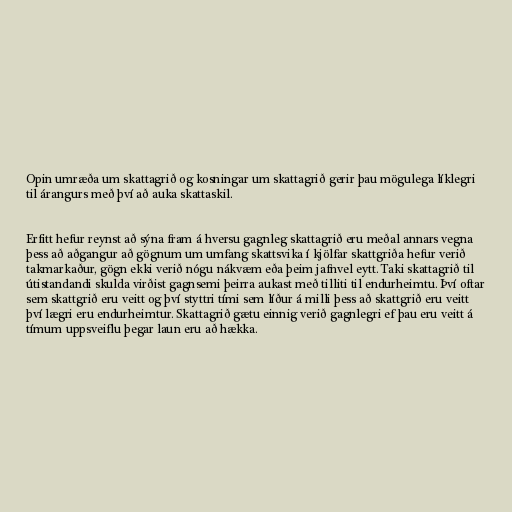
Opin umræða um skattagrið og kosningar um skattagrið gerir þau mögulega líklegri
til árangurs með því að auka skattaskil.

Erfitt hefur reynst að sýna fram á hversu gagnleg skattagrið eru meðal annars vegna
þess að aðgangur að gögnum um umfang skattsvika í kjölfar skattgriða hefur verið
takmarkaður, gögn ekki verið nógu nákvæm eða þeim jafnvel eytt. Taki skattagrið til
útistandandi skulda virðist gagnsemi þeirra aukast með tilliti til endurheimtu. Því oftar
sem skattgrið eru veitt og því styttri tími sem líður á milli þess að skattgrið eru veitt
því lægri eru endurheimtur. Skattagrið gætu einnig verið gagnlegri ef þau eru veitt á
tímum uppsveiflu þegar laun eru að hækka.